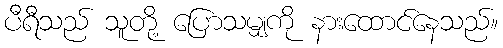
ပီရီသည် သူတို့ ပြောသမျှကို နားထောင်နေသည်။